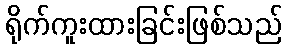
ရိုက်ကူးထားခြင်းဖြစ်သည်